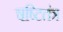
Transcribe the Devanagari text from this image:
षष्टितंत्र